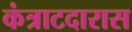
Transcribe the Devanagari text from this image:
कंत्राटदारास